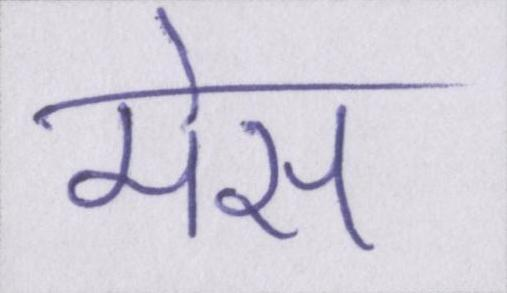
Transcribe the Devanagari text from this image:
मेस